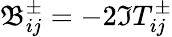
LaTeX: \mathfrak{B}_{ij}^{\pm}=-2\Im T_{ij}^{\pm}